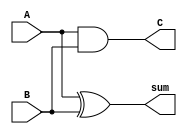
module half_adder(
	input wire A,
	input wire B,
	output wire C,
	output wire sum
);

//assign sum = (A == B) ? 0 : 1;  //
assign sum = A^B;
assign C= A&B;

endmodule